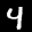
Label: 4